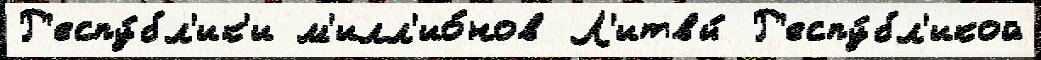
Р'еспу́бл'ик'и м'илл'ио́нов Л'итвы́ Р'еспу́бл'икой